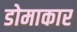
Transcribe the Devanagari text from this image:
डोमाकार